Indian journal of veterinary science and animal husbandry - Volume 12,
Year: 1942
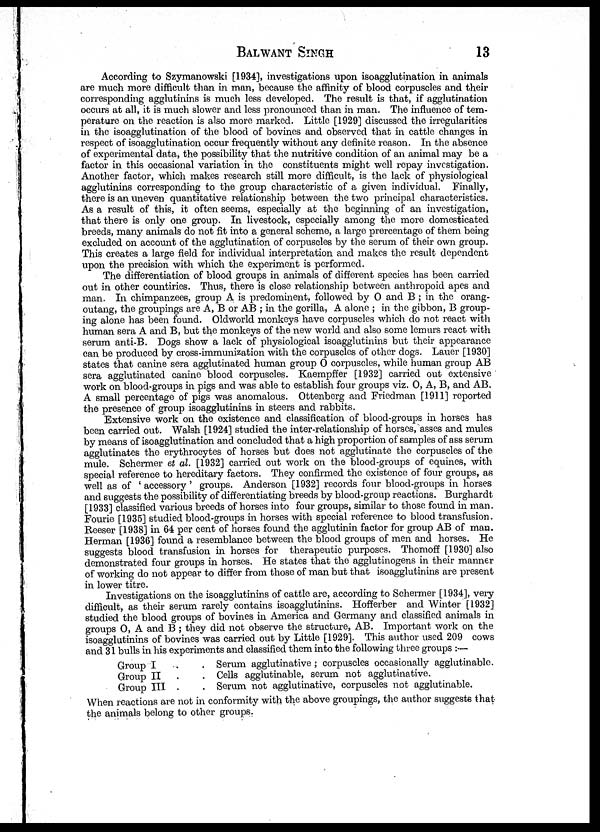
BALWANT
SINGH
13
According to Szymanowski [1934], investigations upon isoagglutination in animals
are much more difficult than in man, because the affinity of blood corpuscles and their
corresponding agglutinins is much less developed. The result is that, if agglutination
occurs at all, it is much slower and less pronounced than in man. The influence of tem-
perature on the reaction is also more marked. Little [1929] discussed the irregularities
in the isoagglutination of the blood of bovines and observed that in cattle changes in
respect of isoagglutination occur frequently without any definite reason. In the absence
of experimental data, the possibility that the nutritive condition of an animal may be a
factor in this occasional variation in the constituents might well repay investigation.
Another factor, which makes research still more difficult, is the lack of physiological
agglutinins corresponding to the group characteristic of a given individual. Finally,
there is an uneven quantitative relationship between the two principal characteristics.
As a result of this, it often seems, especially at the beginning of an investigation,
that there is only one group. In livestock, especially among the more domesticated
breeds, many animals do not fit into a general scheme, a large prercentage of them being
excluded on account of the agglutination of corpuscles by the serum of their own group.
This creates a large field for individual interpretation and makes the result dependent
upon the precision with which the experiment is performed.
The differentiation of blood groups in animals of different species has been carried
out in other countiries. Thus, there is close relationship between anthropoid apes and
man. In chimpanzees, group A is predominent, followed by O and B ; in the orang-
outang, the groupings are A, B or AB ; in the gorilla, A alone ; in the gibbon, B group-
ing alone has been found. Oldworld monkeys have corpuscles which do not react with
human sera A and B, but the monkeys of the new world and also some lemurs react with
serum anti-B. Dogs show a lack of physiological isoagglutinins but their appearance
can be produced by cross-immunization with the corpuscles of other dogs. Lauer [1930]
states that canine sera agglutinated human group O corpuscles, while human group AB
sera agglutinated canine blood corpuscles. Kaempffer [1932] carried out extensive
work on blood-groups in pigs and was able to establish four groups viz. O, A, B, and AB.
A small percentage of pigs was anomalous. Ottenberg and Friedman [1911] reported
the presence of group isoagglutinins in steers and rabbits.
Extensive work on the existence and classification of blood-groups in horses has
been carried out. Walsh [1924] studied the inter-relationship of horses, asses and mules
by means of isoagglutination and concluded that a high proportion of samples of ass serum
agglutinates the erythrocytes of horses but does not agglutinate the corpuscles of the
mule. Schermer et al. [1932] carried out work on the blood-groups of equines, with
special reference to hereditary factors. They confirmed the existence of four groups, as
well as of ' accessory ' groups. Anderson [1932] records four blood-groups in horses
and suggests the possibility of differentiating breeds by blood-group reactions. Burghardt
[1933] classified various breeds of horses into four groups, similar to those found in man.
Fourie [1935] studied blood-groups in horses with special reference to blood transfusion.
Reeser [1938] in 64 per cent of horses found the agglutinin factor for group AB of man.
Herman [1936] found a resemblance between the blood groups of men and horses. He
suggests blood transfusion in horses for therapeutic purposes. Thomoff [1930] also
demonstrated four groups in horses. He states that the agglutinogens in their manner
of working do not appear to differ from those of man but that isoagglutinins are present
in lower titre.
Investigations on the isoagglutinins of cattle are, according to Schermer [1934], very
difficult, as their serum rarely contains isoagglutinins. Hofferber and Winter [1932]
studied the blood groups of bovines in America and Germany and classified animals in
groups O, A and B ; they did not observe the structure, AB. Important work on the
isoagglutinins of bovines was carried out by Little [1929]. This author used 209 cows
and 31 bulls in his experiments and classified them into the following three groups :—
Group I . .
Group II . .
Group III . .
Serum agglutinative ; corpuscles occasionally agglutinable.
Cells agglutinable, serum not agglutinative.
Serum not agglutinative, corpuscles not agglutinable.
When reactions are not in conformity with the above groupings, the author suggests that
the animals belong to other groups.